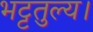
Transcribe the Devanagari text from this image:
भट्टतुल्य।